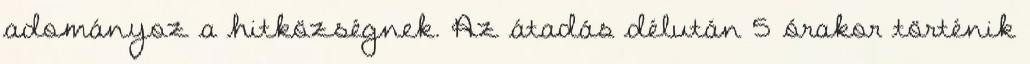
adományoz a hitközségnek. Az átadás délután 5 órakor történik